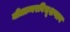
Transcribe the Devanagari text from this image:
नीलाम्बरविभूशणाय